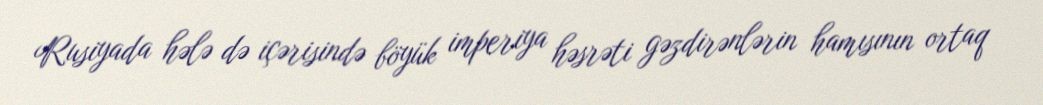
Rusiyada hələ də içərisində böyük imperiya həsrəti gəzdirənlərin hamısının ortaq